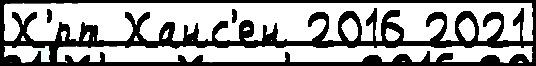
Х'́рт Ханс'ен 2016 2021